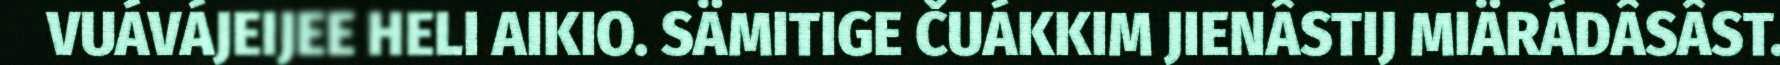
VUÁVÁJEIJEE HELI AIKIO. SÄMITIGE ČUÁKKIM JIENÂSTIJ MIÄRÁDÂSÂST.